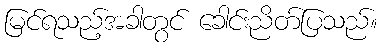
မြင်ရသည့်အခါတွင် ခေါင်းညိတ်ပြသည်။